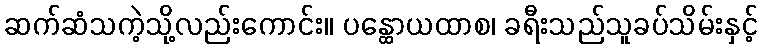
ဆက်ဆံသကဲ့သို့လည်းကောင်း။ ပန္ထောယထာစ၊ ခရီးသည်သူခပ်သိမ်းနှင့်